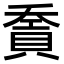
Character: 𧶓